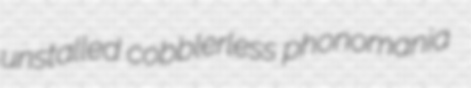
unstalled cobblerless phonomania